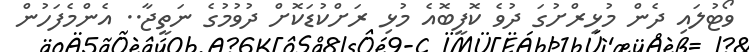
ވޯޓުލައި ދެން މުޅިރްށުގަ ދުވެ ކޮފީބޮއެ މުޅި ރަށްކުޑަކޮށް ދުވުމުގެ ނަތީޖާ.. އެންމެފަހުން